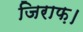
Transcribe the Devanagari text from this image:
जिराफ़।